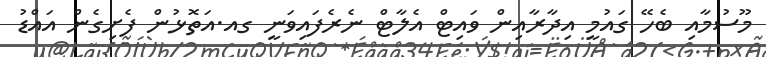
މޫސުމާއި ބެހޭ ގައުމީ އިދާރާއިން ވައިޓް އެލާޓް ނެރެފައިވަނީ ގއ.އަތޮޅުން ފެށިގެން އައްޑު